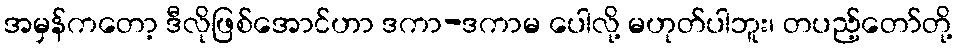
အမှန်ကတော့ ဒီလိုဖြစ်အောင်ဟာ ဒကာ-ဒကာမ ပေါလို့ မဟုတ်ပါဘူး၊ တပည့်တော်တို့